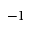
- 1